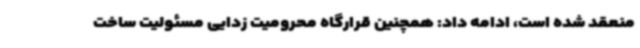
منعقد شده است، ادامه داد: همچنین قرارگاه محرومیت زدایی مسئولیت ساخت